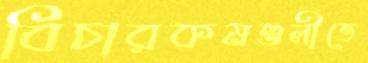
বিচারকমণ্ডলীতে